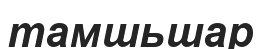
тамшьшар